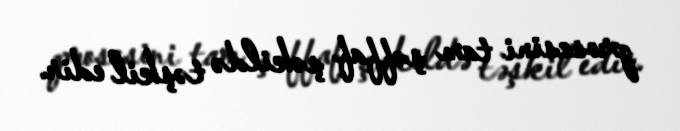
prosesini tam şəffaf şəkildə təşkil edir.